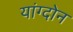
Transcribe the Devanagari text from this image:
यांग्दोन